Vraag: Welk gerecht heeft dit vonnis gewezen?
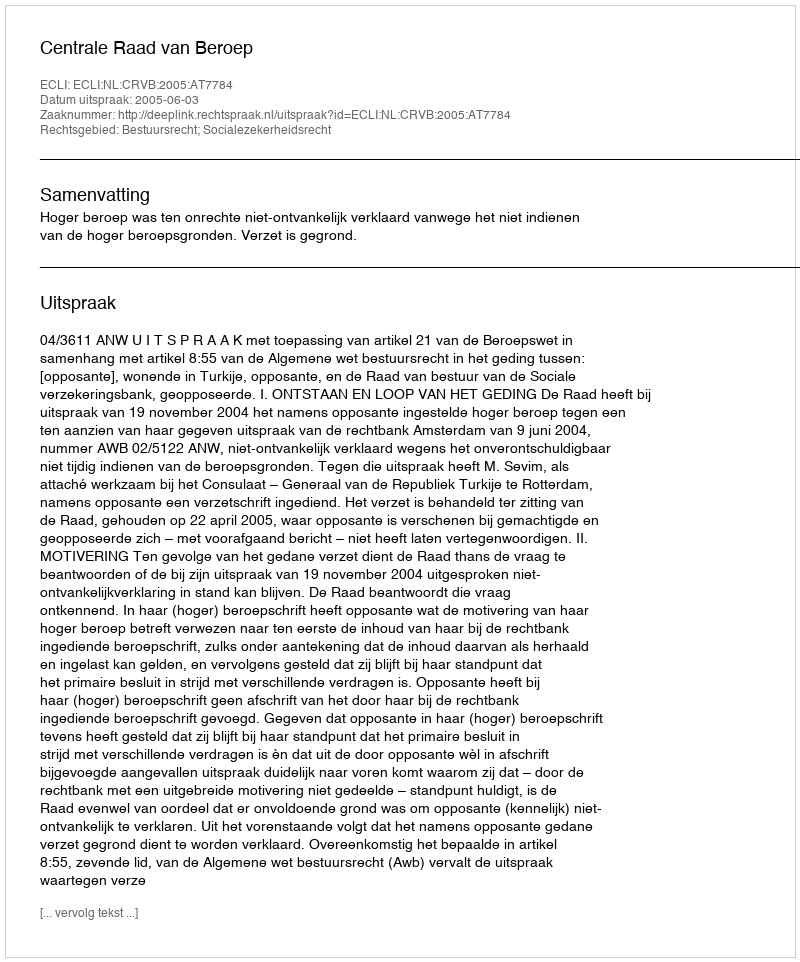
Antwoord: Centrale Raad van Beroep